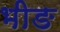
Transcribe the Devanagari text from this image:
भीङ